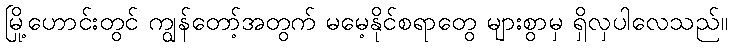
မြို့ဟောင်းတွင် ကျွန်တော့်အတွက် မမေ့နိုင်စရာတွေ များစွာမှ ရှိလှပါလေသည်။